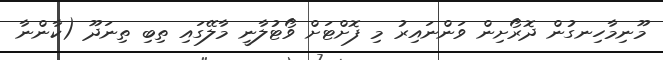
މޫނިމާހިނގުން ދޮރޯށިން ވަންނައިރު މި ފޮށްޓަށް ވޯޓުލާނީ މާލޭގައި ތިބި ތިނަދޫ (ކާންނާ